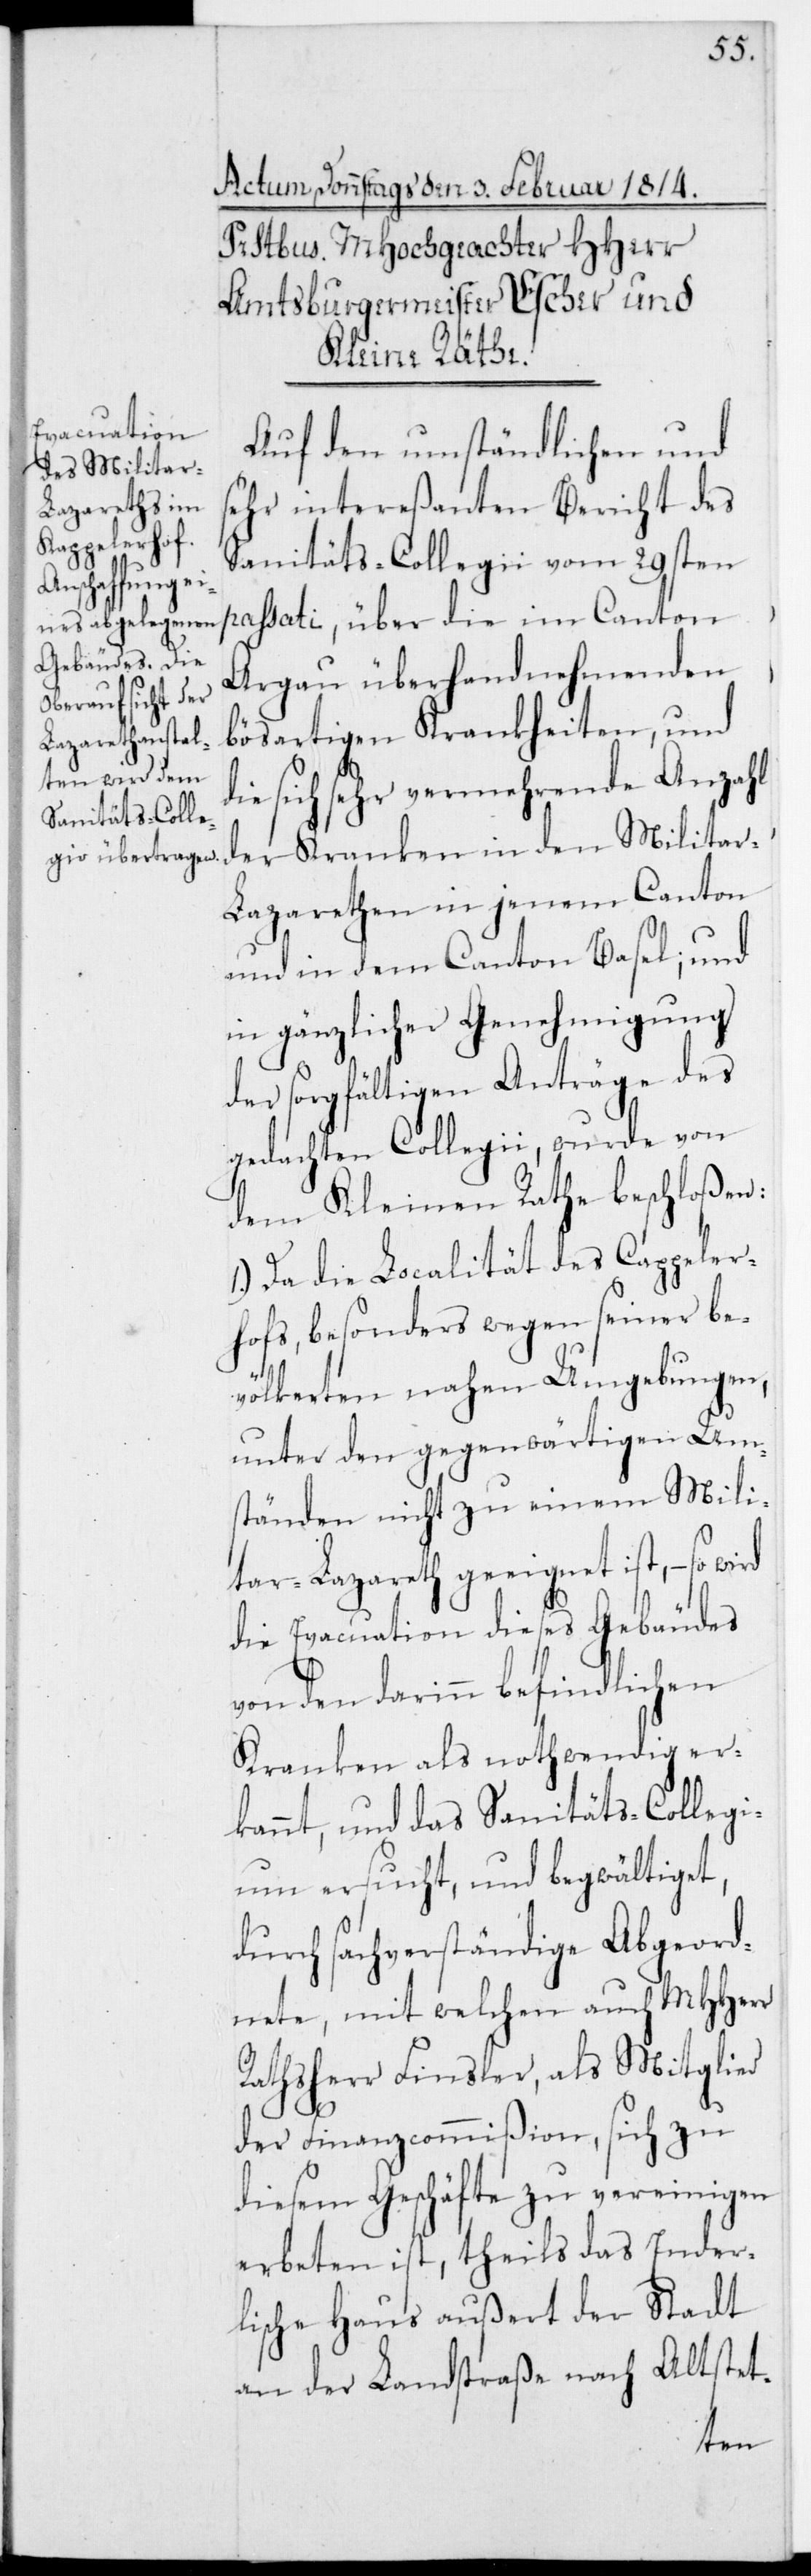
Auf den umständlichen und
den Militar-L¬
sehr intereßanten Bericht des
Sanitäts-Collegii vom 29sten
passati, über die im Canton
Argau überhandnehmenden
bösartigen Krankheiten, und
die sich sehr vermehrende Anzahl
azarethen in jenem Canton
und in dem Canton Basel; und
in gänzlicher Genehmigung
der sorgfältigen Anträge des
gedachten Collegii, wurde von
dem Kleinen Rathe beschloßen:
1.) Da die Localität des Cappeler¬
hofs, besonders wegen seiner be¬
völkerten nahen Umgebungen,
unter den gegenwärtigen Um¬
ständen nicht zu einem Mili¬
tar-Lazareth geeignet ist, – so
die Evacuation dieses Gebäudes
von den darin befindlichen
Kranken als nothwendig er¬
kannt, und das Sanitäts-Collegi¬
um ersucht, und begwältiget,
durch sachverständige Abgeord¬
nete, mit welchen auch MHHerr
Rathsherr Finsler, als Mitglied
der Finanzcommißion, sich zu
diesem Geschäfte zu vereinigen
erbeten ist, theils das Ender¬
lische Haus außert der Stadt
an der Landstraße nach Altstet-